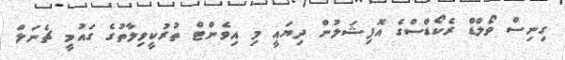
ގިނިސް ވޯލްޑް ރެކޯޑްސްގެ އޮފިޝަލުން ދިޔައީ މި އިވެންޓް ތުރުކީވިލާތުގެ ގައުމީ ޗެނަލް